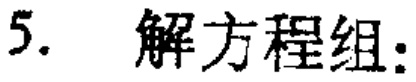
5. 解方程组：